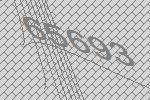
65693